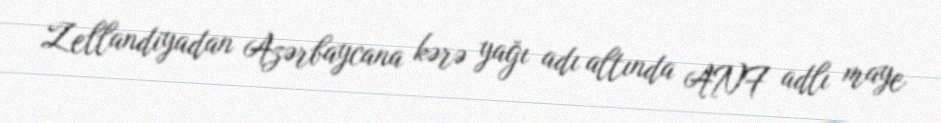
Zellandiyadan Azərbaycana kərə yağı adı altında ANF adlı maye